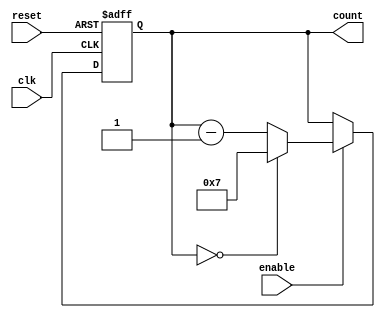
module Modulo_N_Down_Counter(
    input wire clk,
    input wire reset,
    input wire enable,
    output reg [N-1:0] count
);

parameter N = 8; // Set the preset value (N) here

always @(posedge clk or posedge reset) begin
    if (reset) begin
        count <= N-1;
    end else if (enable) begin
        if (count == 0) begin
            count <= N-1;
        end else begin
            count <= count - 1;
        end
    end
end

endmodule